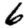
Digit: 6